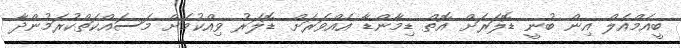
ބީއެމްއެލް އިން ބުނީ ޑޮލަރަށް އޮތް ޑިމާންޑާ އެއްވަރަށް ޑޮލަރު ވިއްކުމަށް މަސައްކަތްކުރަމުންދާ